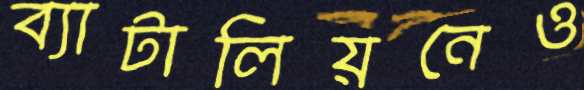
ব্যাটালিয়নেও